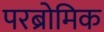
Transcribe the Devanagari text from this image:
परब्रोमिक